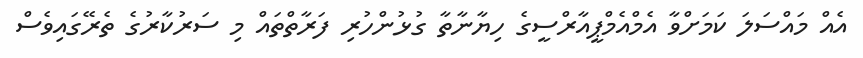
އެއް މައްސަލަ ކަމަށްވާ އެމްއެމްޕީއާރްސީގެ ހިޔާނާތާ ގުޅުންހުރި ފަރާތްތައް މި ސަރުކާރުގެ ތެރޭގައިވެސް